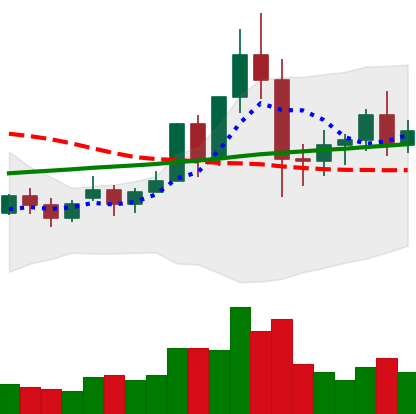
Ticker: NEO-USD
Chart end date: 2020-12-02
Forward return: -3.38%
Label: down_3_5